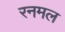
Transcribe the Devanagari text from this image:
रनमल